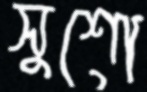
সুশো